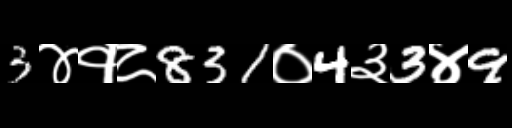
Text: 3४१८831०4३3४9